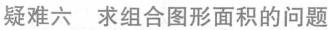
疑难六 求组合图形面积的问题